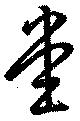
堂